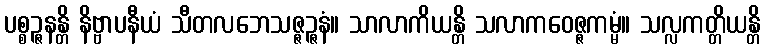
ပစ္စဉ္ဇနန္တိ နိဗ္ဗာပနီယံ သီတလဘေသဇ္ဇဉ္ဇနံ။ သာလာကိယန္တိ သလာကဝေဇ္ဇကမ္မံ။ သလ္လကတ္တိယန္တိ